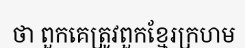
ថា ពួកគេត្រូវពួកខ្មែរក្រហម